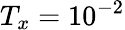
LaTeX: T_{x}=10^{-2}